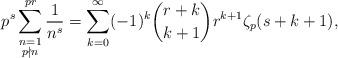
LaTeX: \begin{align*}p^s\sum_{\substack{n=1\\p\nmid n}}^{pr}\frac{1}{n^s}=\sum_{k=0}^\infty (-1)^k {r+k\choose k+1} r^{k+1}\zeta_p(s+k+1),\end{align*}